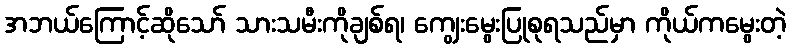
အဘယ်ကြောင့်ဆိုသော် သားသမီးကိုချစ်ရ၊ ကျွေးမွေးပြုစုရသည်မှာ ကိုယ်ကမွေးတဲ့